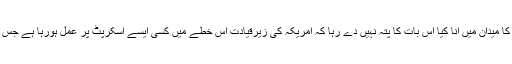
یواے ای اور سعودی عرب کی پراسرار خاموشی اور ایران کا میدان میں آنا کیا اس بات کا پتہ نہیں دے رہا کہ امریکہ کی زیرقیادت اس خطے میں کسی ایسے اسکرپٹ پر عمل ہورہا ہے جس میں سعودی عرب اور یواے ای کا بھی خاموش کردار ہے۔